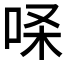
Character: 𰇢